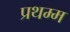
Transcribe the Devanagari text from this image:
प्रथम्म